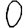
Digit: 0